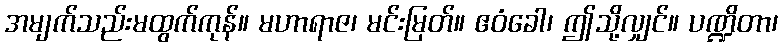
အမျက်သည်းမထွက်ကုန်။ မဟာရာဇ၊ မင်းမြတ်။ ဧဝံခေါ၊ ဤသို့လျှင်။ ပဏ္ဍိတာ၊